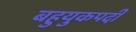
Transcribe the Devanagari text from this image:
बहुयुकपदी